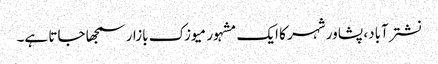
نشترآباد، پشاور شہر کا ایک مشہور میوزک بازار سمجھا جاتا ہے۔